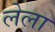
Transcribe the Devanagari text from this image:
लेला